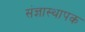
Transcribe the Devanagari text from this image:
संज्ञास्थापक